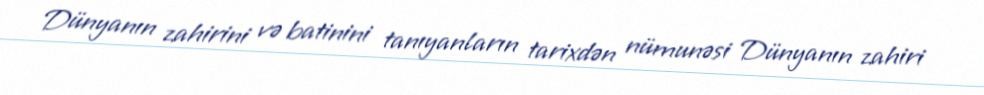
Dünyanın zahirini və batinini tanıyanların tarixdən nümunəsi Dünyanın zahiri